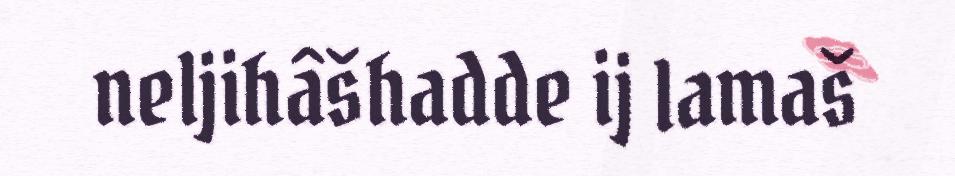
neljihâšhadde ij lamaš